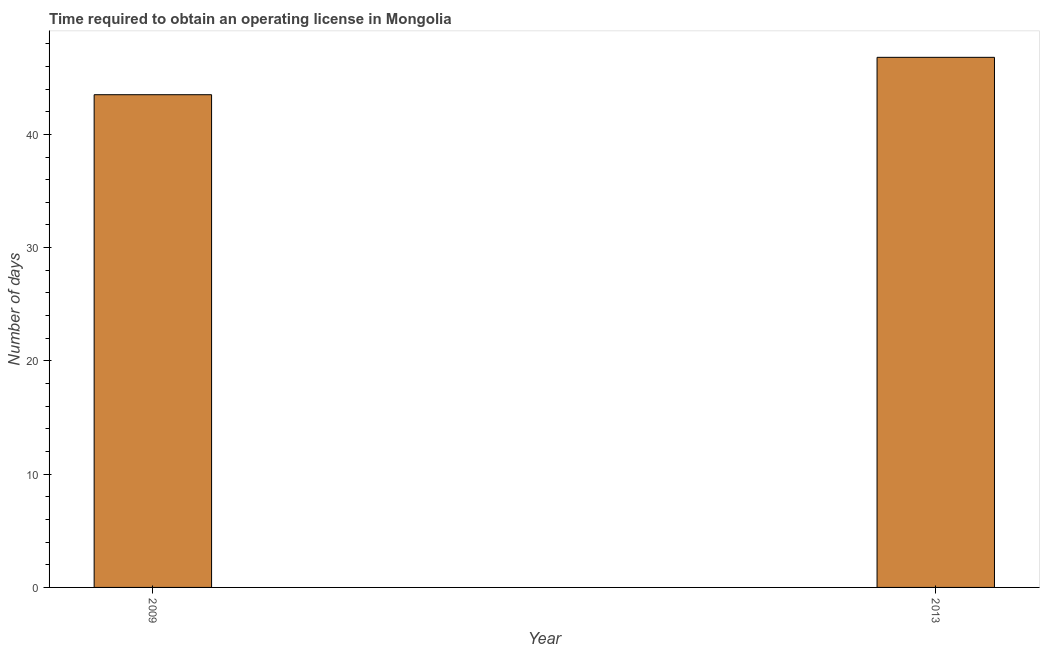
| Year | Obtain operating license |
 | --- | --- |
 | 2009 | 43.5 |
 | 2013 | 46.8 |